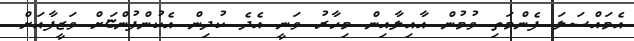
އެމައްސަލަ ފެންމަތި ވުމުން އާއިލާއިން މިހާރު ވަނީ އެދެ ކުދިން އެކުންފުންޏަށް ވަޒީފާއަށް